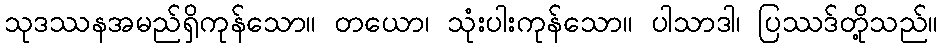
သုဒဿနအမည်ရှိကုန်သော။ တယော၊ သုံးပါးကုန်သော။ ပါသာဒါ၊ ပြဿဒ်တို့သည်။